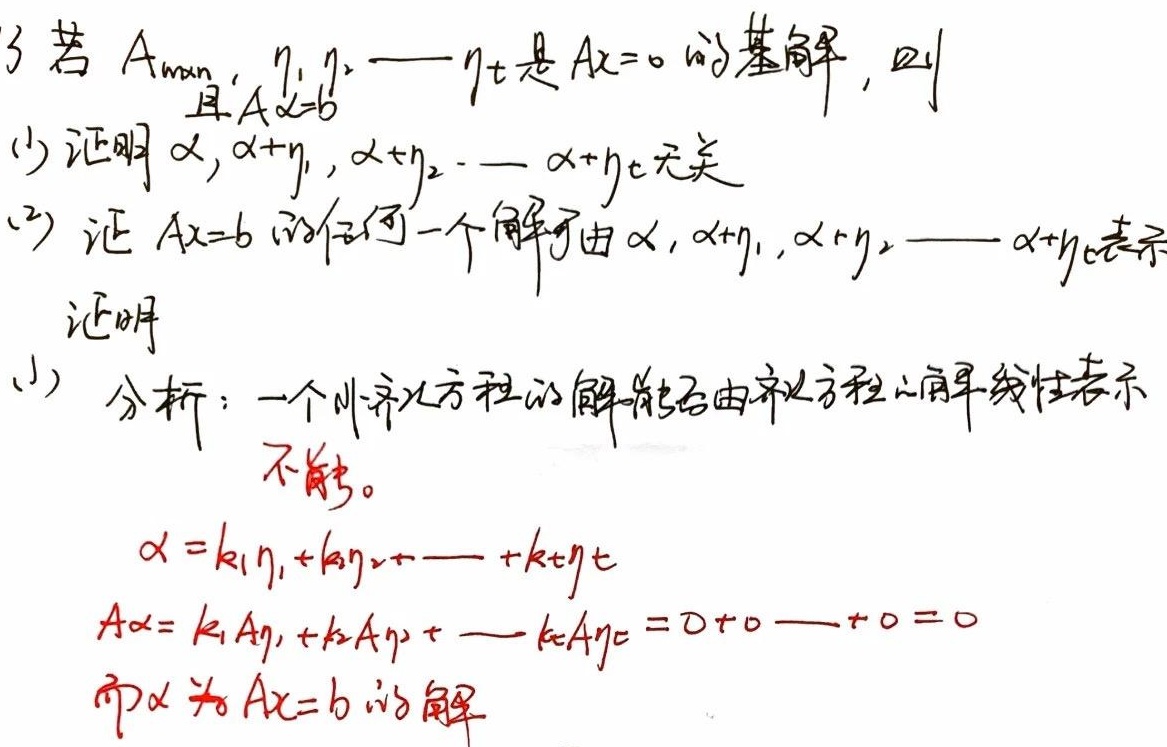
3. 若\(A_{m\times n}\)，\(\eta_1,\eta_2,\cdots,\eta_t\)是\(Ax = 0\)的基础解系，且\(A\alpha = b\)。
(1) 证明\(\alpha,\alpha+\eta_1,\alpha+\eta_2,\cdots,\alpha+\eta_t\)无关。
(2) 证\(Ax = b\)的任何一个解可由\(\alpha,\alpha+\eta_1,\alpha+\eta_2,\cdots,\alpha+\eta_t\)表示。

证明(1)：
分析：一个非齐次方程组的解能否由齐次方程组的解来线性表示，答案是不能。
假设\(\alpha=k_1\eta_1 + k_2\eta_2+\cdots +k_t\eta_t\)，则\(A\alpha=k_1A\eta_1 + k_2A\eta_2+\cdots +k_tA\eta_t=0 + 0+\cdots+0 = 0\)，而\(\alpha\)为\(Ax = b\)的解。